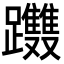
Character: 𨈂